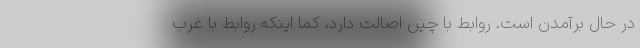
در حال برآمدن است. روابط با چین اصالت دارد، کما اینکه روابط با غرب